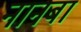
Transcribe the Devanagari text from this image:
नानबा